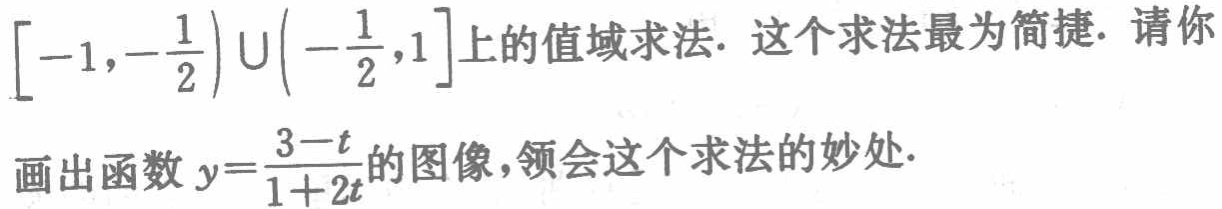
$\left[-1,-\frac{1}{2}\right)\cup\left(-\frac{1}{2},1\right]$上的值域求法. 这个求法最为简捷. 请你

画出函数 \(y = \frac{3 - t}{1 + 2t}\)的图像,领会这个求法的妙处.